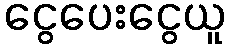
ငွေပေးငွေယူ